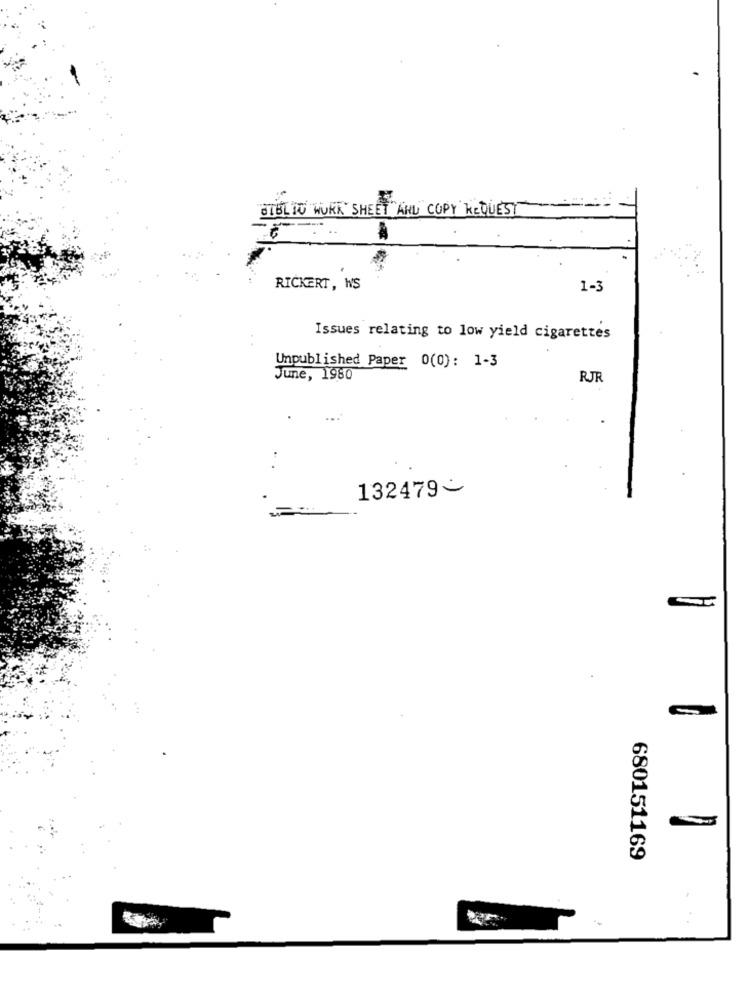
BIBLIO WORK SHEET AND COPY REQUEST
RICKERT , WS
1-3
Issues relating to low yield cigarettes
Unpublished Paper 0(0): 1-3
June, 1980
RJR
132479-
680151169